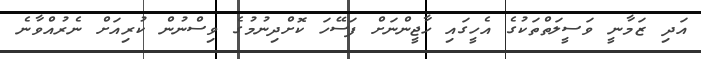
އަދި ޒަމާނީ ވަސީލަތްތަކުގެ އެހީގައި ހާޖީންނަށް ފަސޭހަ ކޮށްދިނުމުގެ ވިސްނުން ކުރިއަށް ނެރުއްވާނެ